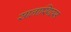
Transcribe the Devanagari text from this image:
सालास्पिल्स